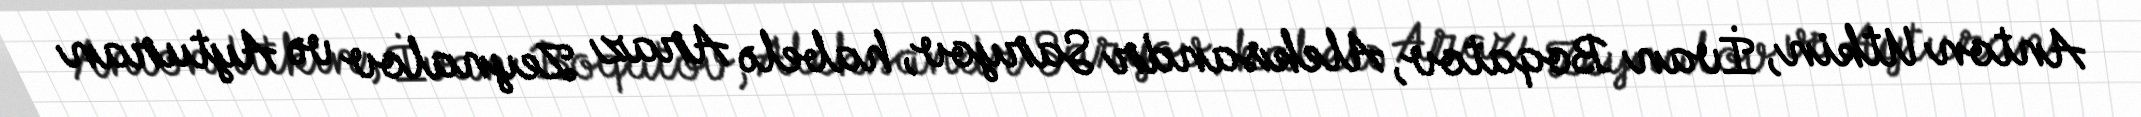
Anton Utkin, İvan Boqatov, Aleksandr Saryov, habelə Araz Zeynalov və Ayturan